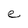
Character: e